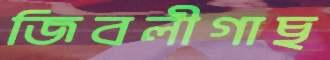
জিবলীগাছ